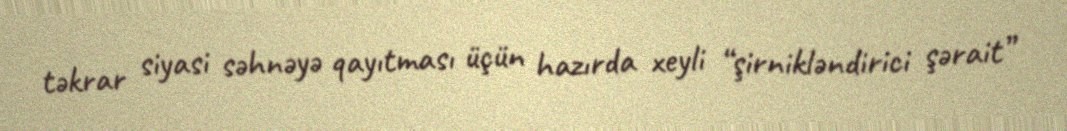
təkrar siyasi səhnəyə qayıtması üçün hazırda xeyli “şirnikləndirici şərait”